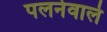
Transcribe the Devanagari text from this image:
पलनेवाले